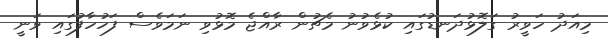
މިއަދު ހަވީރު ގަލޮޅުދަނޑުގައި ކުޅެވުނު މެޗުން ރާއްޖެ މޮޅުވި ނަމަވެސް ފަހުހާފުގައި ވަނީ